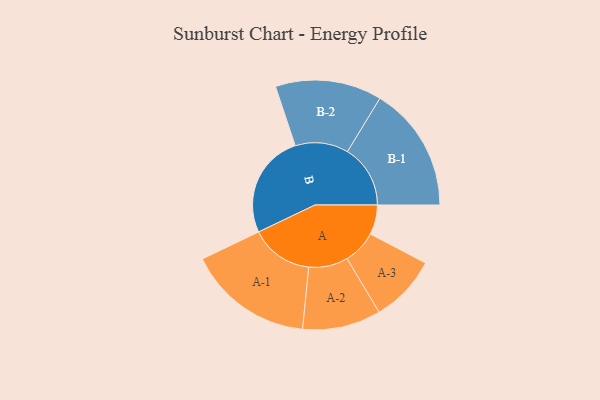
{"axis": {"x": "Segment", "y": "Value"}, "legend": ["", "A", "B"], "data": [{"x": "A", "y": 139, "type": ""}, {"x": "B", "y": 488, "type": ""}, {"x": "A-1", "y": 295, "type": "A"}, {"x": "A-2", "y": 184, "type": "A"}, {"x": "A-3", "y": 158, "type": "A"}, {"x": "B-1", "y": 295, "type": "B"}, {"x": "B-2", "y": 250, "type": "B"}]}